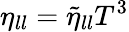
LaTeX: \eta_{ll}=\tilde{\eta}_{ll}T^{3}